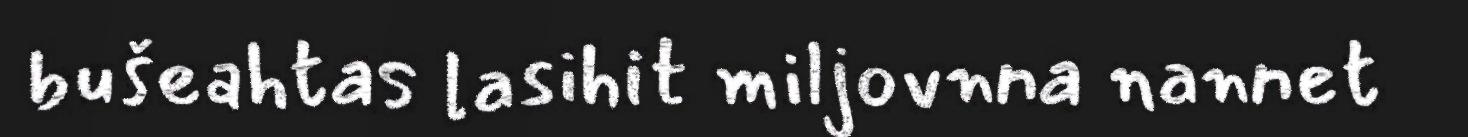
bušeahtas lasihit miljovnna nannet